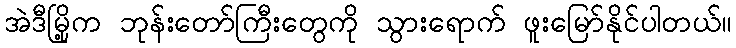
အဲဒီမြို့က ဘုန်းတော်ကြီးတွေကို သွားရောက် ဖူးမြော်နိုင်ပါတယ်။